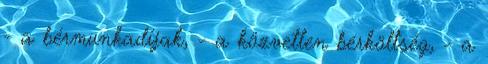
- a bérmunkadíjak, - a közvetlen bérköltség, - a